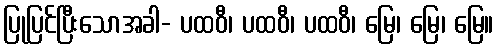
ပြုပြင်ပြီးသောအခါ- ပထဝီ၊ ပထဝီ၊ ပထဝီ၊ မြေ၊ မြေ၊ မြေ။